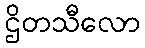
ဌိတသီလော